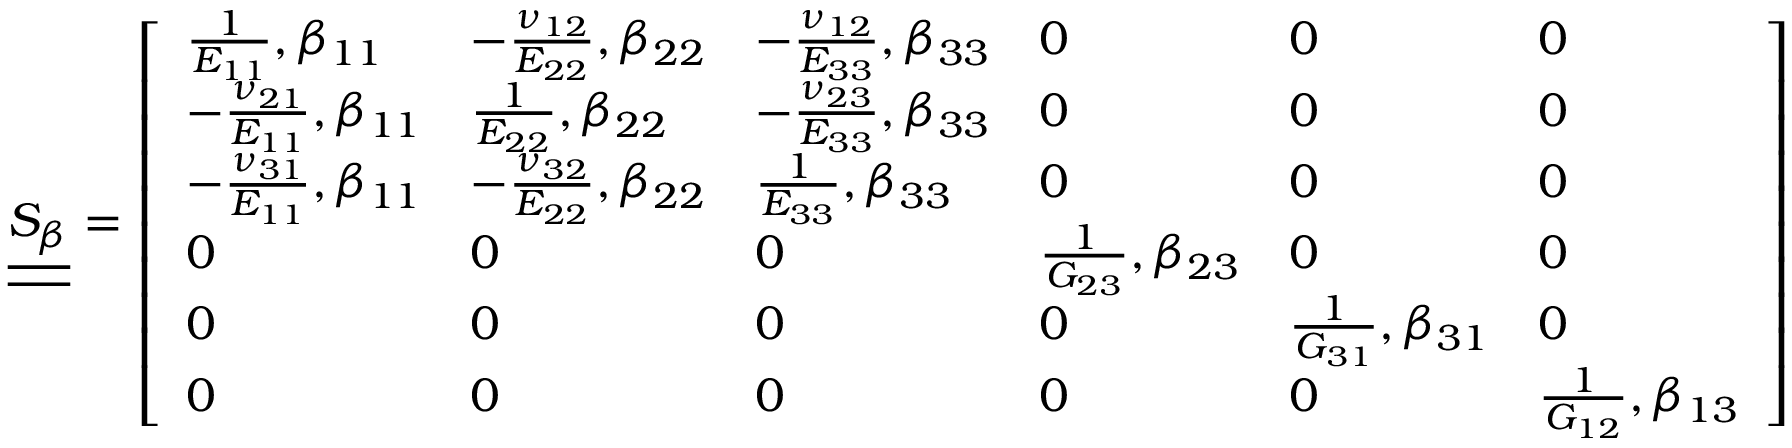
\underline { { \underline { { S _ { \beta } } } } } = \left[ \begin{array} { l l l l l l } { \frac { 1 } { E _ { 1 1 } } , \beta _ { 1 1 } } & { - \frac { \nu _ { 1 2 } } { E _ { 2 2 } } , \beta _ { 2 2 } } & { - \frac { \nu _ { 1 2 } } { E _ { 3 3 } } , \beta _ { 3 3 } } & { 0 } & { 0 } & { 0 } \\ { - \frac { \nu _ { 2 1 } } { E _ { 1 1 } } , \beta _ { 1 1 } } & { \frac { 1 } { E _ { 2 2 } } , \beta _ { 2 2 } } & { - \frac { \nu _ { 2 3 } } { E _ { 3 3 } } , \beta _ { 3 3 } } & { 0 } & { 0 } & { 0 } \\ { - \frac { \nu _ { 3 1 } } { E _ { 1 1 } } , \beta _ { 1 1 } } & { - \frac { \nu _ { 3 2 } } { E _ { 2 2 } } , \beta _ { 2 2 } } & { \frac { 1 } { E _ { 3 3 } } , \beta _ { 3 3 } } & { 0 } & { 0 } & { 0 } \\ { 0 } & { 0 } & { 0 } & { \frac { 1 } { G _ { 2 3 } } , \beta _ { 2 3 } } & { 0 } & { 0 } \\ { 0 } & { 0 } & { 0 } & { 0 } & { \frac { 1 } { G _ { 3 1 } } , \beta _ { 3 1 } } & { 0 } \\ { 0 } & { 0 } & { 0 } & { 0 } & { 0 } & { \frac { 1 } { G _ { 1 2 } } , \beta _ { 1 3 } } \end{array} \right]